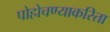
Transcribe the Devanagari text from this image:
पोहोचण्याकरिता